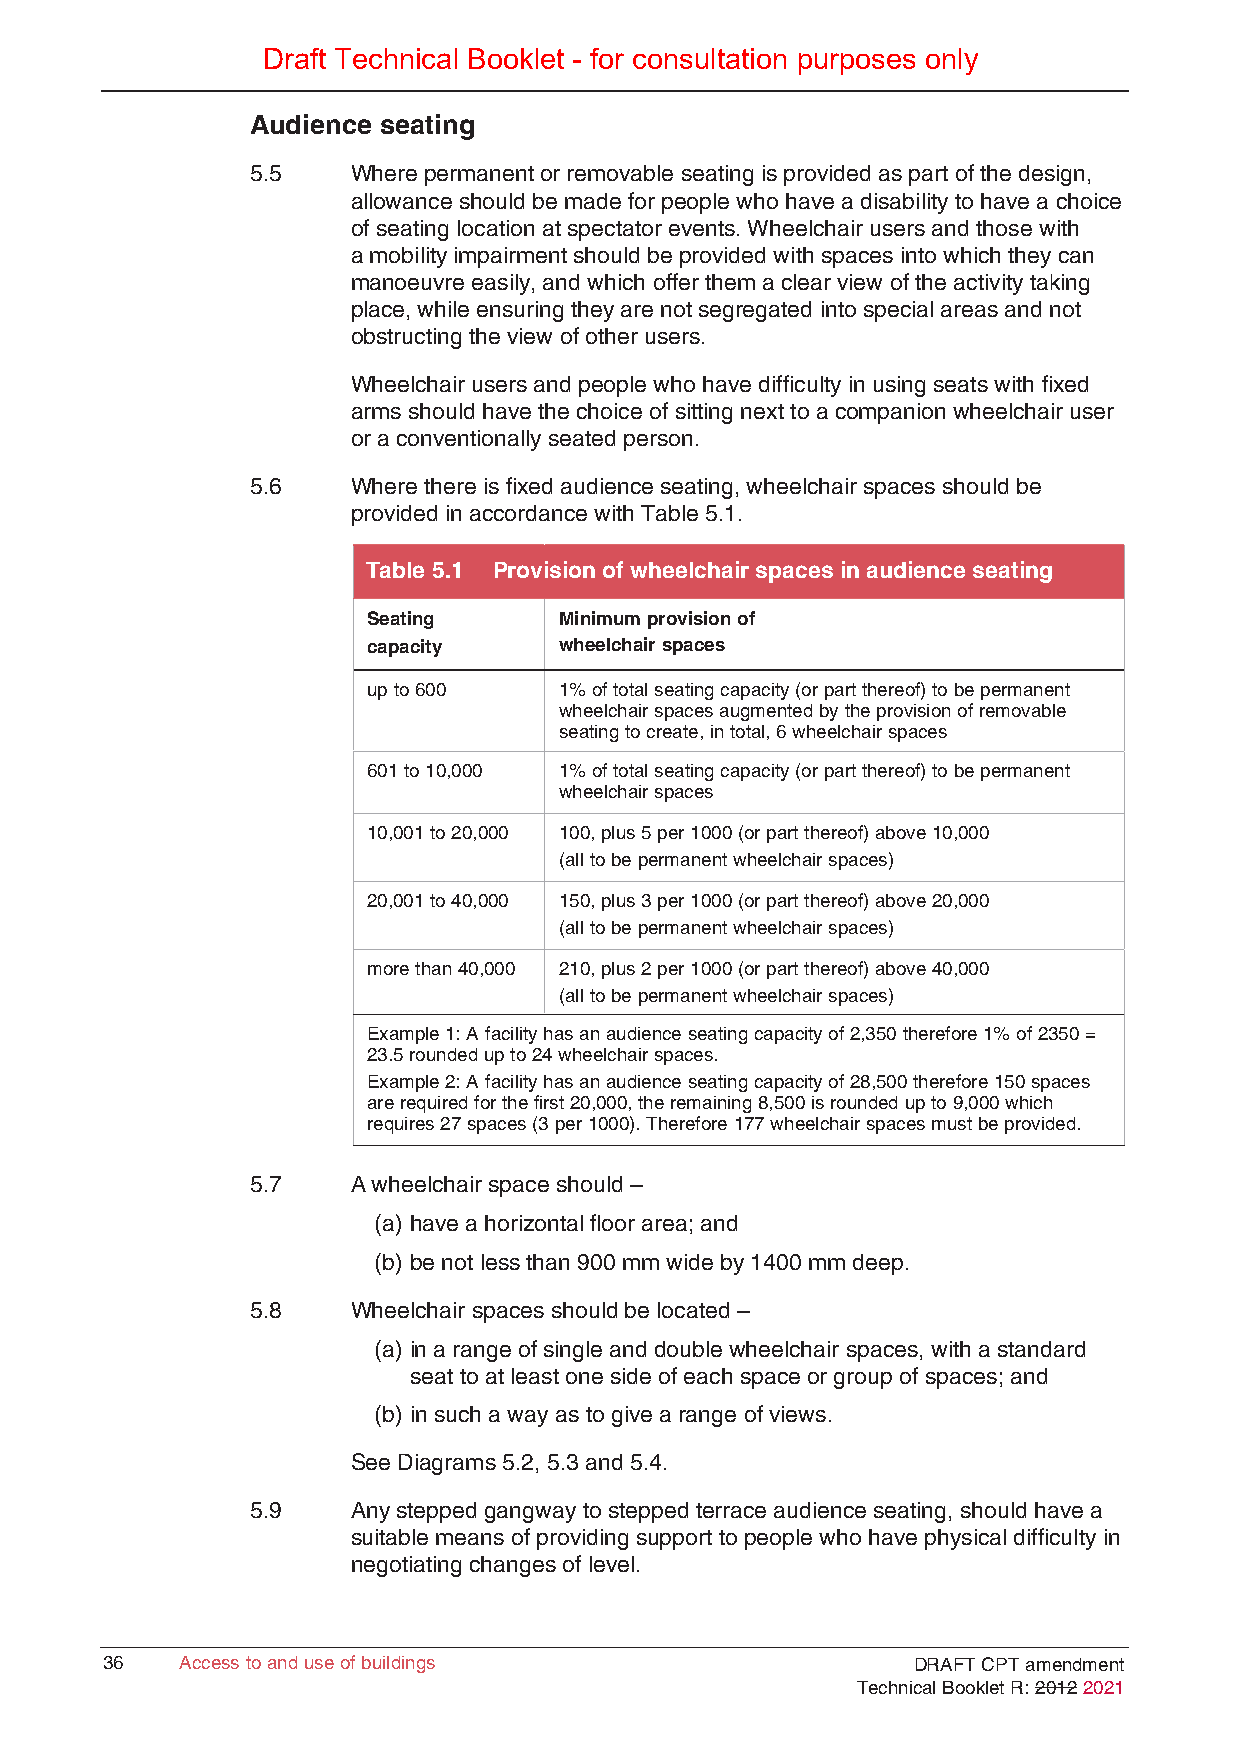
Draft Technical Booklet - for consultation purposes only
 Audience seating
 5.5   Where permanent or removable seating is provided as part of the design,
 allowance should be made for people who have a disability to have a choice
 of seating location at spectator events. Wheelchair users and those with
 a mobility impairment should be provided with spaces into which they can
 manoeuvre easily, and which offer them a clear view of the activity taking
 place, while ensuring they are not segregated into special areas and not
 obstructing the view of other users.
 Wheelchair users and people who have difficulty in using seats with fixed
 arms should have the choice of sitting next to a companion wheelchair user
 or a conventionally seated person.
 5.6   Where there is fixed audience seating, wheelchair spaces should be
 provided in accordance with Table 5.1.
 Table 5.1 Provision of wheelchair spaces in audience seating
 Seating      Minimum provision of
 capacity     wheelchair spaces
 up to 600    1% of total seating capacity (or part thereof) to be permanent
 wheelchair spaces augmented by the provision of removable
 seating to create, in total, 6 wheelchair spaces
 601 to 10,000 1% of total seating capacity (or part thereof) to be permanent
 wheelchair spaces
 10,001 to 20,000 100, plus 5 per 1000 (or part thereof) above 10,000
 (all to be permanent wheelchair spaces)
 20,001 to 40,000 150, plus 3 per 1000 (or part thereof) above 20,000
 (all to be permanent wheelchair spaces)
 more than 40,000 210, plus 2 per 1000 (or part thereof) above 40,000
 (all to be permanent wheelchair spaces)
 Example 1: A facility has an audience seating capacity of 2,350 therefore 1% of 2350 =
 23.5 rounded up to 24 wheelchair spaces.
 Example 2: A facility has an audience seating capacity of 28,500 therefore 150 spaces
 are required for the first 20,000, the remaining 8,500 is rounded up to 9,000 which
 requires 27 spaces (3 per 1000). Therefore 177 wheelchair spaces must be provided.
 5.7   A wheelchair space should –
 (a) have a horizontal floor area; and
 (b) be not less than 900 mm wide by 1400 mm deep.
 5.8   Wheelchair spaces should be located –
 (a) in a range of single and double wheelchair spaces, with a standard
 seat to at least one side of each space or group of spaces; and
 (b) in such a way as to give a range of views.
 See Diagrams 5.2, 5.3 and 5.4.
 5.9   Any stepped gangway to stepped terrace audience seating, should have a
 suitable means of providing support to people who have physical difficulty in
 negotiating changes of level.
 3366 AAcccceessss ttoo aanndd uussee ooff bbuuiillddiinnggss DRAFT CPT amendment
 Technical Booklet R: 2012 2021